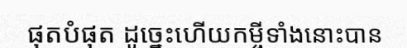
ផុតបំផុត ដូច្នេះហើយកម្ចីទាំងនោះបាន